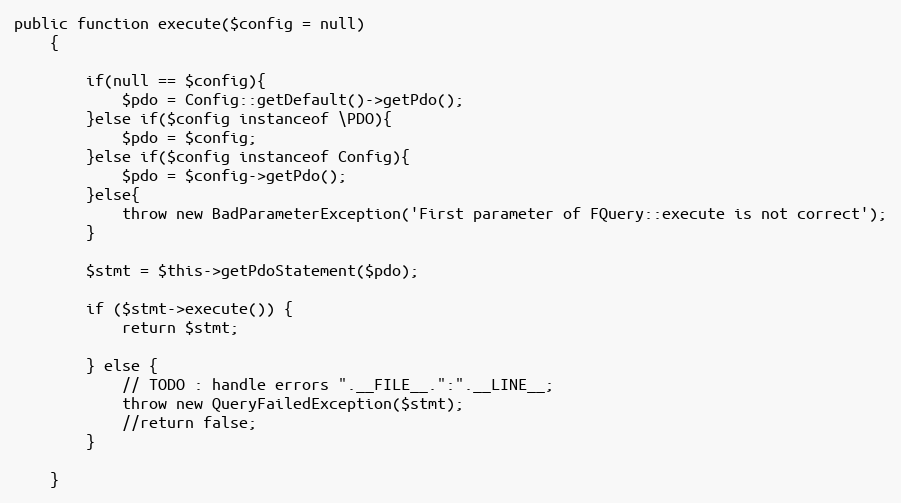
Language: PHP
public function execute($config = null)
    {

        if(null == $config){
            $pdo = Config::getDefault()->getPdo();
        }else if($config instanceof \PDO){
            $pdo = $config;
        }else if($config instanceof Config){
            $pdo = $config->getPdo();
        }else{
            throw new BadParameterException('First parameter of FQuery::execute is not correct');
        }

        $stmt = $this->getPdoStatement($pdo);

        if ($stmt->execute()) {
            return $stmt;

        } else {
            // TODO : handle errors ".__FILE__.":".__LINE__;
            throw new QueryFailedException($stmt);
            //return false;
        }

    }